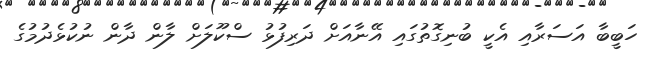
ހަބީބާ އަސަރާއި އެކީ ބުނިގޮތުގައި އޭނާއަށް ދަރިފުޅު ސްކޫލަށް ލާން ދާން ނުކުޅެދުމުގެ